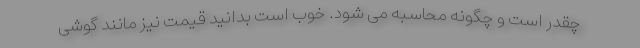
چقدر است و چگونه محاسبه می شود. خوب است بدانید قیمت نیز مانند گوشی